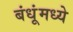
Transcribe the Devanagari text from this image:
बंधूंमध्ये